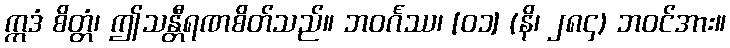
ဣဒံ စိတ္တံ၊ ဤသန္တီရဏစိတ်သည်။ ဘဝင်္ဂဿ၊ [၀၁] (နိ၊ ၂၈၄) ဘဝင်အား။